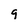
Character: g